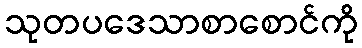
သုတပဒေသာစာစောင်ကို